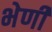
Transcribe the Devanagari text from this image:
भेणी